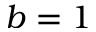
b = 1